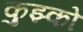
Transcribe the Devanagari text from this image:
कुझ्को